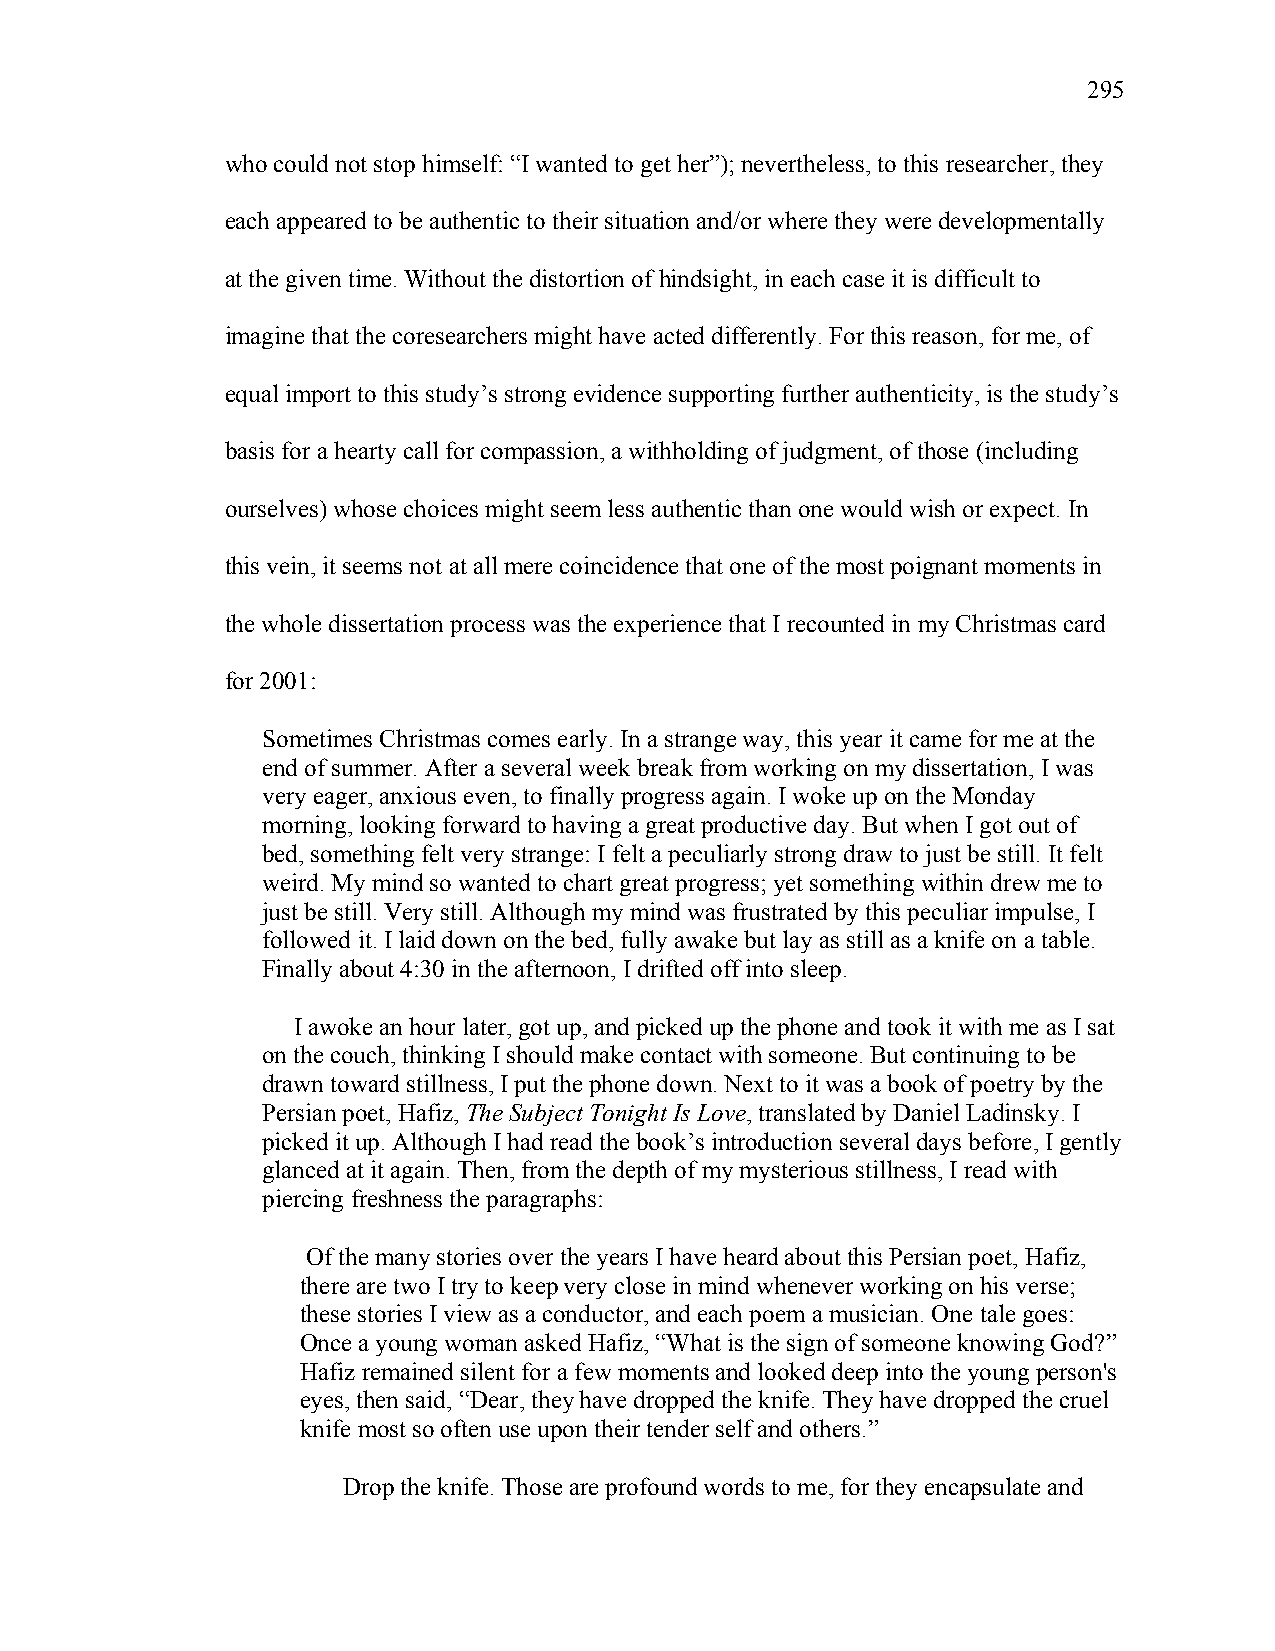
295
 who could not stop himself: “I wanted to get her”); nevertheless, to this researcher, they
 each appeared to be authentic to their situation and/or where they were developmentally
 at the given time. Without the distortion of hindsight, in each case it is difficult to
 imagine that the coresearchers might have acted differently. For this reason, for me, of
 equal import to this study’s strong evidence supporting further authenticity, is the study’s
 basis for a hearty call for compassion, a withholding of judgment, of those (including
 ourselves) whose choices might seem less authentic than one would wish or expect. In
 this vein, it seems not at all mere coincidence that one of the most poignant moments in
 the whole dissertation process was the experience that I recounted in my Christmas card
 for 2001:
 Sometimes Christmas comes early. In a strange way, this year it came for me at the
 end of summer. After a several week break from working on my dissertation, I was
 very eager, anxious even, to finally progress again. I woke up on the Monday
 morning, looking forward to having a great productive day. But when I got out of
 bed, something felt very strange: I felt a peculiarly strong draw to just be still. It felt
 weird. My mind so wanted to chart great progress; yet something within drew me to
 just be still. Very still. Although my mind was frustrated by this peculiar impulse, I
 followed it. I laid down on the bed, fully awake but lay as still as a knife on a table.
 Finally about 4:30 in the afternoon, I drifted off into sleep.
 I awoke an hour later, got up, and picked up the phone and took it with me as I sat
 on the couch, thinking I should make contact with someone. But continuing to be
 drawn toward stillness, I put the phone down. Next to it was a book of poetry by the
 Persian poet, Hafiz, The Subject Tonight Is Love, translated by Daniel Ladinsky. I
 picked it up. Although I had read the book’s introduction several days before, I gently
 glanced at it again. Then, from the depth of my mysterious stillness, I read with
 piercing freshness the paragraphs:
 Of the many stories over the years I have heard about this Persian poet, Hafiz,
 there are two I try to keep very close in mind whenever working on his verse;
 these stories I view as a conductor, and each poem a musician. One tale goes:
 Once a young woman asked Hafiz, “What is the sign of someone knowing God?”
 Hafiz remained silent for a few moments and looked deep into the young person's
 eyes, then said, “Dear, they have dropped the knife. They have dropped the cruel
 knife most so often use upon their tender self and others.”
 Drop the knife. Those are profound words to me, for they encapsulate and